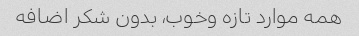
همه موارد تازه وخوب، بدون شکر اضافه